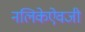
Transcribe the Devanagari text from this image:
नलिकेऐवजी